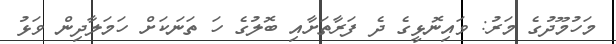
މަހުމޫދުގެ މަރު: ވައިނޮޅީގެ ދެ ފަރާތަށާއި ބޮލުގެ ހަ ތަނަކަށް ހަމަލާދިން ވަޅު